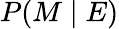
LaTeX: P(M\mid E)